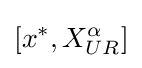
[x^{*},X_{UR}^{\alpha }]